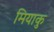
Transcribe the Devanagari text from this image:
मियाकु